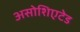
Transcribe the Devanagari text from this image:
असोशिएटेड